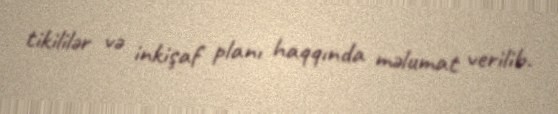
tikililər və inkişaf planı haqqında məlumat verilib.